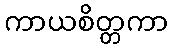
ကာယစိတ္တကာ